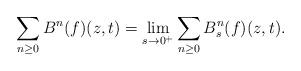
LaTeX: \begin{align*} \sum_{n\geq 0} B^n (f)(z,t) = \lim_{s\rightarrow 0^+} \sum_{n\geq 0 } B_s ^n (f) (z,t).\end{align*}